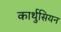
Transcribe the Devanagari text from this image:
कार्थुसियन